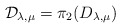
\begin{align*}{\mathcal D}_{\lambda,\mu}=\pi_2(D_{\lambda,\mu})\end{align*}